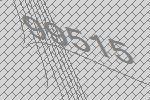
99515